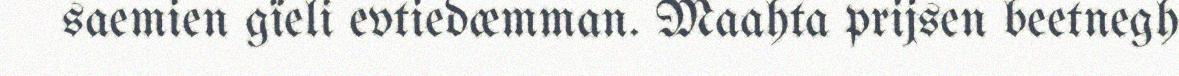
saemien gïeli evtiedæmman. Maahta prijsen beetnegh